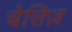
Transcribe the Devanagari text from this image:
चेसिज़